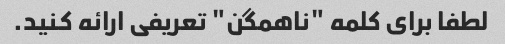
لطفا برای کلمه "ناهمگن" تعریفی ارائه کنید.